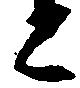
と